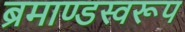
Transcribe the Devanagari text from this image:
ब्रमाण्डस्वरूप